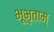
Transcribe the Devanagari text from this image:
भूभृताम्